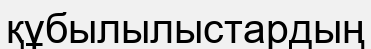
құбылылыстардың